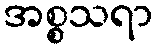
အစ္စသရာ